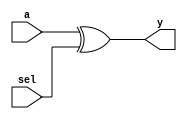
`ifndef INVERTER_V
`define INVERTER_V

module Inverter(a, sel, y);

   parameter width = 1;

   input[width-1:0] a;
   input sel;
   output[width-1:0] y;

   wire[width-1:0] a, y;
   wire sel;

   genvar i;
   generate
      for (i = 0; i < width; i = i+1)
         assign y[i] = a[i] ^ sel;
   endgenerate

endmodule

`endif